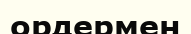
ордермен